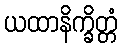
ယထာနိက္ခိတ္တံ